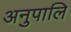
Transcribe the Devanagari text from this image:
अनुपालि